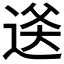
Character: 𬨫